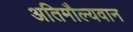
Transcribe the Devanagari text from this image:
अतिमौल्यवान